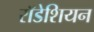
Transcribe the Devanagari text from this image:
राॅडेशियन